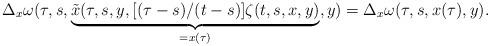
LaTeX: \begin{align*}\Delta_x\omega(\tau,s,\underbrace{\tilde{x}(\tau,s,y,[(\tau-s)/(t-s)]\zeta(t,s,x,y)}_{=x(\tau)},y)=\Delta_x\omega(\tau,s,x(\tau),y).\end{align*}